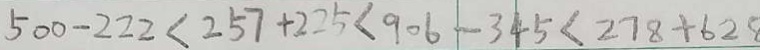
5 0 0 - 2 2 2 < 2 5 7 + 2 2 5 < 9 0 6 - 3 4 5 < 2 7 8 + 6 2 8